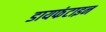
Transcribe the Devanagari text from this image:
डायफंटाइन